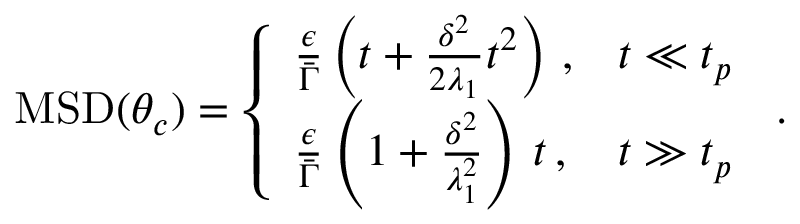
\begin{array} { r } { \mathrm { M S D } ( \theta _ { c } ) = \left\{ \begin{array} { l l } { \frac { \epsilon } { \bar { \Gamma } } \left( t + \frac { \delta ^ { 2 } } { 2 \lambda _ { 1 } } t ^ { 2 } \right) \, , } & { t \ll t _ { p } } \\ { \frac { \epsilon } { \bar { \Gamma } } \left( 1 + \frac { \delta ^ { 2 } } { \lambda _ { 1 } ^ { 2 } } \right) \, t \, , } & { t \gg t _ { p } \, } \end{array} \right. . } \end{array}